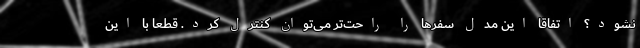
نشود؟ اتفاقا این مدل سفرها را راحت‌تر می‌توان کنترل کرد. قطعا با این